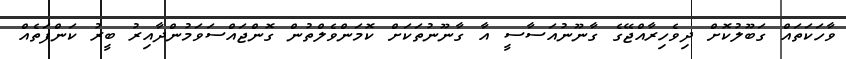
ވާހަކަތައް ގަބޫލުކޮށް ދިވެހިރާއްޖޭގެ ގާނޫނުއަސާސީ އާ ގާނޫނުތަކަށް ކޮމަންވެލްތުން ގޮންޖައްސަވަމުންދާއިރު ބީރު ކަންފަތެއް